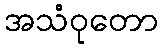
အသံဝုတော